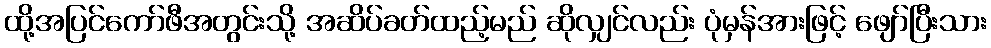
ထို့အပြင်ကော်ဖီအတွင်းသို့ အဆိပ်ခတ်ထည့်မည် ဆိုလျှင်လည်း ပုံမှန်အားဖြင့် ဖျော်ပြီးသား